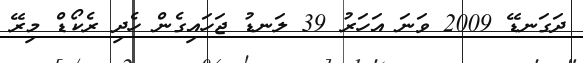
ދަގަނޑޭ 2009 ވަނަ އަހަރު 39 ލަނޑު ޖަހައިގެން ހެދި ރެކޯޑް މިރޭ